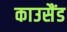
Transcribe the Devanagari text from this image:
काउसैंड